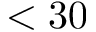
< 3 0